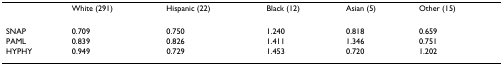
<table><thead><tr><td></td><td><b>White (291)</b></td><td><b>Hispanic (22)</b></td><td><b>Black (12)</b></td><td><b>Asian (5)</b></td><td><b>Other (15)</b></td></tr></thead><tbody><tr><td>SNAP</td><td>0.709</td><td>0.750</td><td>1.240</td><td>0.818</td><td>0.659</td></tr><tr><td>PAML</td><td>0.839</td><td>0.826</td><td>1.411</td><td>1.346</td><td>0.751</td></tr><tr><td>HYPHY</td><td>0.949</td><td>0.729</td><td>1.453</td><td>0.720</td><td>1.202</td></tr></tbody></table>